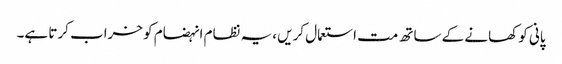
پانی کو کھانے کے ساتھ مت استعمال کریں ،یہ نظام انہضام کو خراب کرتا ہے۔